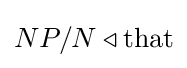
NP/N\triangleleft {\text{that}}